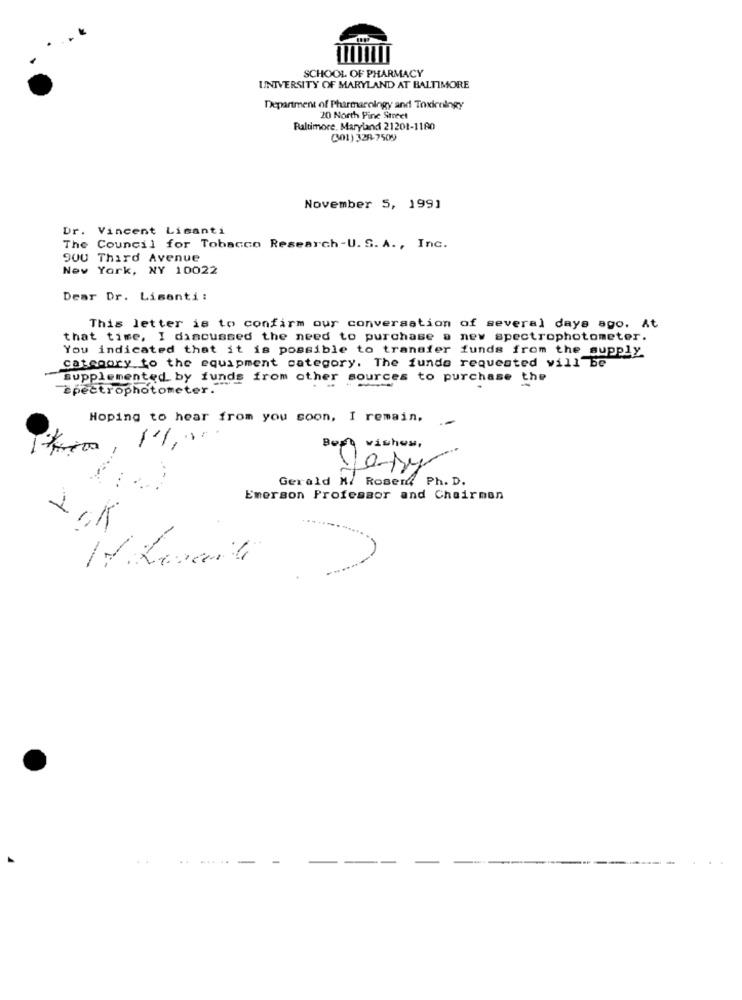
SCHOOL OF PHARMACY
UNIVERSITY OF MARYLAND AT BALTIMORE
Department of Pharmacology and Toxicology
20 North Pine Street
Baltimore, Maryland 21201-1180
(301) 328-7509
November 5, 1991
Dr. Vincent Lisanti
The Council for Tobacco Research-U. S. A ., Inc.
900 Third Avenue
Nev York, NY 10022
Dear Dr. Lisanti:
This letter is to confirm our conversation of several days ago. At
that time, I discussed the need to purchase a new spectrophotometer.
You indicated that it is possible to transfer funds from the supply
category to the equipment category. The funde requested will be
supplemented by funds from other sources to purchase the
spectrophotometer.""
Hoping to hear from you soon, I remain.
.-
Best wishes,
gary
...
Gerald N/ Roserd Ph. D.
Emerson Professor and Chairman
2,K